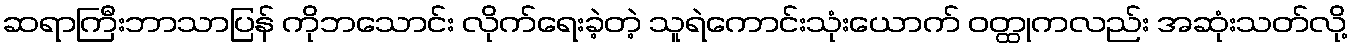
ဆရာကြီးဘာသာပြန် ကိုဘသောင်း လိုက်ရေးခဲ့တဲ့ သူရဲကောင်းသုံးယောက် ဝတ္ထုကလည်း အဆုံးသတ်လို့